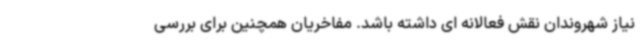
نیاز شهروندان نقش فعالانه ای داشته باشد. مفاخریان همچنین برای بررسی